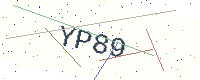
Text: YP89